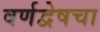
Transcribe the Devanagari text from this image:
वर्णद्वेषचा